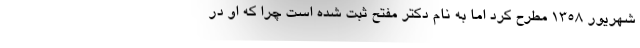
شهریور 1358 مطرح کرد اما به نام دکتر مفتح ثبت شده است چرا که او در